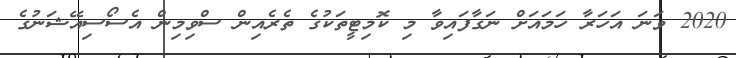
2020 ވަނަ އަހަރާ ހަމައަށް ނަގާފައިވާ މި ކޮމިޓީތަކުގެ ތެރެއިން ސްވިމިން އެސޯސިއޭޝަނުގެ